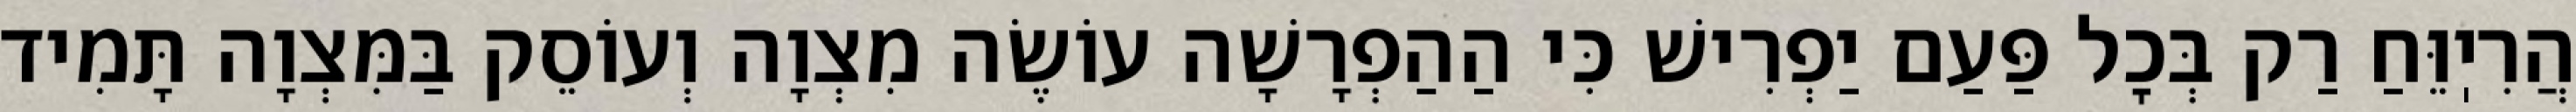
הֲרִיֽוֵּחַ רַק בְּכׇל פַּעַם יַפְרִישׁ כִּי הַהַפְרָשָׁה עוֹשֶׂה מִצְוָה וְעוֹסֵק בַּמִּצְוָה תָּמִיד